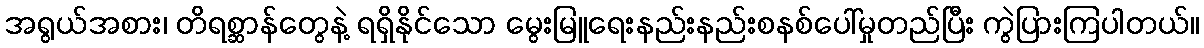
အရွယ်အစား၊ တိရစ္ဆာန်တွေနဲ့ ရရှိနိုင်သော မွေးမြူရေးနည်းနည်းစနစ်ပေါ်မှုတည်ပြီး ကွဲပြားကြပါတယ်။